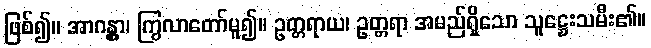
ဖြစ်၍။ အာဂန္တွာ၊ ကြွလာတော်မူ၍။ ဥတ္တရာယ၊ ဥတ္တရာ အမည်ရှိသော သူဋ္ဌေးသမီး၏။